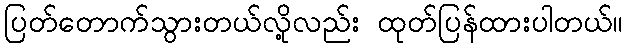
ပြတ်တောက်သွားတယ်လို့လည်း ထုတ်ပြန်ထားပါတယ်။